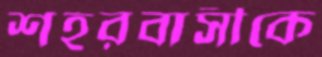
শহরবাসীকে